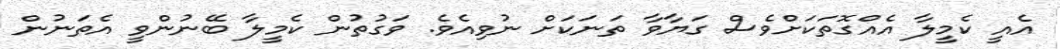
އެއީ ކެމީލާ އެއްގޮތަކަށްވެސް ގަޔާވާ ތަނަކަށް ނުވިއެވެ. ވަގުތުން ކެމީލާ ބޭނުންވީ އެތަނުން